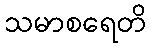
သမာစရေတိ